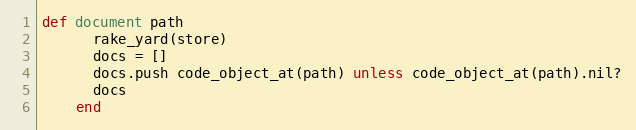
Language: Ruby
def document path
      rake_yard(store)
      docs = []
      docs.push code_object_at(path) unless code_object_at(path).nil?
      docs
    end